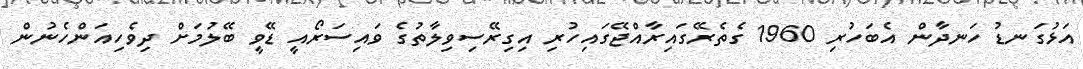
އަޅުގަނޑު ހަނދާން އެބަހުރި 1960 ގެތެރޭގައިރާއްޖޭގައިހުރި އިގިރޭސިވިލާތުގެ ވައިސަރޯއީ ޑޭވީ ބޭލުމަށް ދިވެހިއަންހެނުން